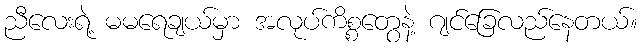
ညီလေးရဲ့ မမရေချယ်မှာ အလုပ်ကိစ္စတွေနဲ့ ဂျင်ခြေလည်နေတယ်။